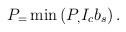
LaTeX: \begin{align*}P_ = \min\left(P_, I_c b_s\right). \end{align*}